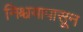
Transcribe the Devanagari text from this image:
निश्चयापासून